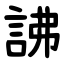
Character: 䛍